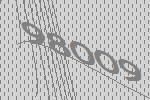
98009